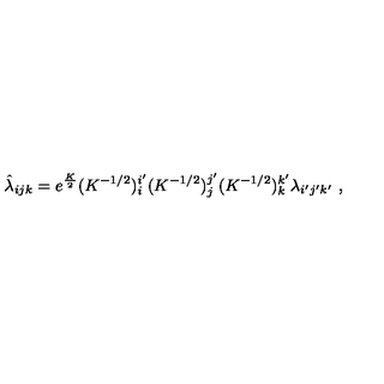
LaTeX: \hat { \lambda } _ { i j k } = e ^ { \frac { K } { 2 } } ( K ^ { - 1 / 2 } ) _ { i } ^ { i ^ { \prime } } ( K ^ { - 1 / 2 } ) _ { j } ^ { j ^ { \prime } } ( K ^ { - 1 / 2 } ) _ { k } ^ { k ^ { \prime } } \lambda _ { i ^ { \prime } j ^ { \prime } k ^ { \prime } } \ ,